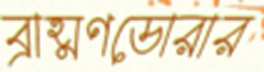
ব্রাহ্মণডোরার